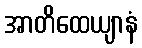
အာတိထေယျာနံ